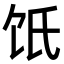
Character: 𩟾